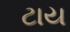
ટાય